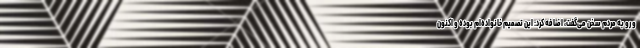
و رو به مردم سخن می‌گفت، اضافه کرد: این تصمیم خانواده‌ام بوده و اکنون